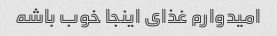
امیدوارم غذای اینجا خوب باشه